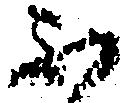
不